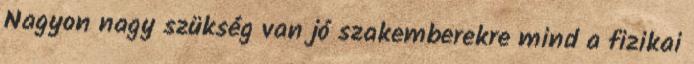
Nagyon nagy szükség van jó szakemberekre mind a fizikai